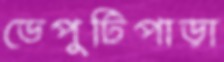
ডেপুটিপাড়া